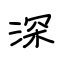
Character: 深